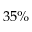
3 5 \%